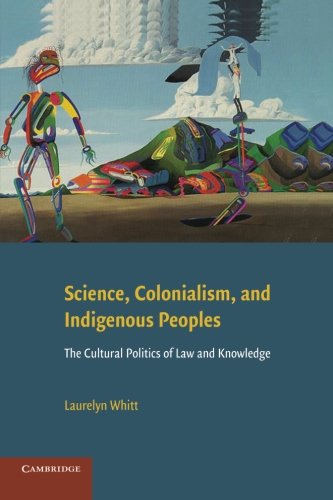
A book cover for Science, Colonialism, and Indigenous Peoples: The Cultural Politics of Law and Knowledge; Laurelyn Whitt; Law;